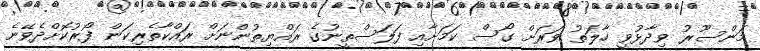
މަންސޫރު ވިދާޅުވީ ހާލަތު ވަރަށް ގޯސް ކަމަށާއި ފަލަސްތީނުގެ ރައްޔިތުންނަށް ރައްކާތެރިކަން ފޯރުކޮށްދެވޭނެ